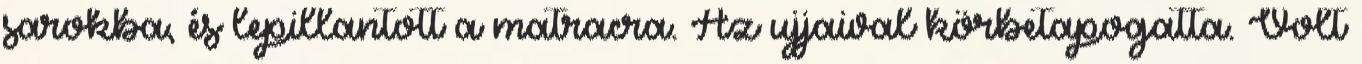
sarokba, és lepillantott a matracra. Az ujjaival körbetapogatta. Volt